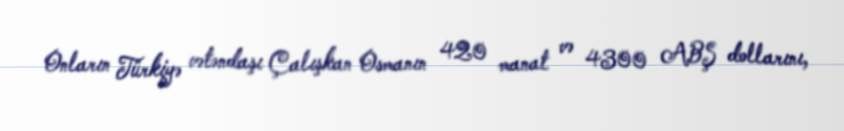
Onların Türkiyə vətəndaşı Çalışkan Osmanın 420 manat və 4300 ABŞ dollarını,